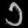
Digit: ၁